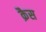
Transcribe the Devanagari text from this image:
क्रैस